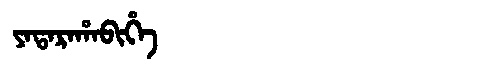
Manchu: ᠶᠠᡨᠠᡵᠠᡥᠠᠪᡳᡥᡝ
Romanization: YATARAHABIHE